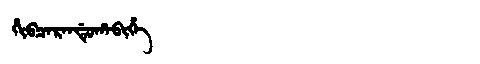
Manchu: ᡥᡳᠪᠴᠠᡵᠠᠨᡩᡠᡥᠠᠪᡳᡥᡝ
Romanization: HIBCARANDUHABIHE